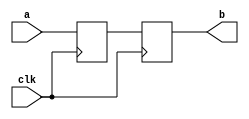
module top(a, b, clk);
input a, clk;
output b;

reg b;
reg c;

always @ (posedge clk)
	begin 
		c <= a ;
	end

always @ (posedge clk)
	begin 
		b <= c ;
	end




endmodule